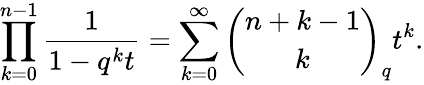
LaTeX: \prod_{k=0}^{n-1}{\frac{1}{1-q^{k}t}}=\sum_{k=0}^{\infty}{\binom{n+k-1}{k}}_{q}t^{k}.